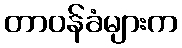
တာဝန်ခံများက